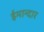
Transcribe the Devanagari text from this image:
ईमान्दार